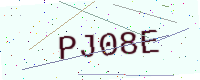
Text: PJ08E